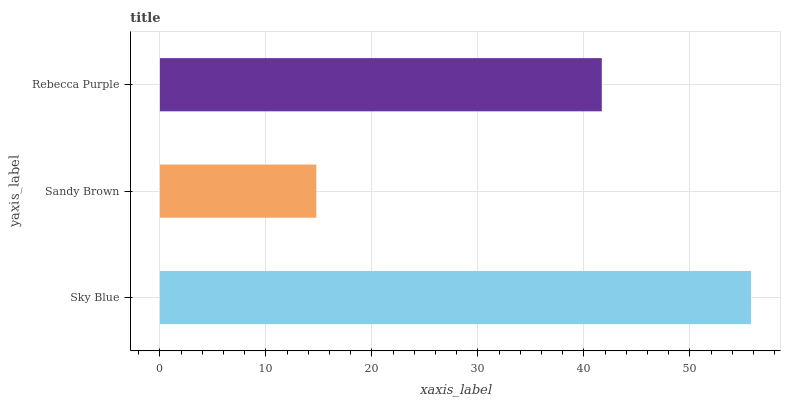
| yaxis_label | bars |
 | --- | --- |
 | Sky Blue | 55.8 |
 | Sandy Brown | 14.8 |
 | Rebecca Purple | 41.7 |